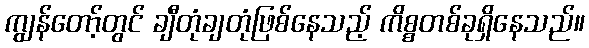
ကျွန်တော့်တွင် ချီတုံချတုံဖြစ်နေသည့် ကိစ္စတစ်ခုရှိနေသည်။